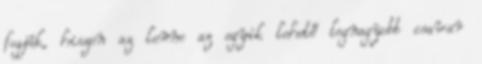
fogják, hiszen az lenne az egyik lehető legnagyobb csavar